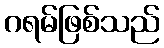
ဂရမ်ဖြစ်သည်